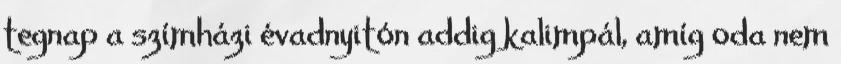
tegnap a szímházi évadnyitón addig kalimpál, amíg oda nem